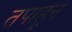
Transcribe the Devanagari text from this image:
तपाहून